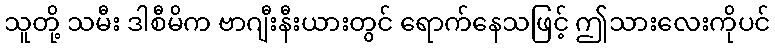
သူတို့ သမီး ဒါစီမိက ဗာဂျီးနီးယားတွင် ရောက်နေသဖြင့် ဤသားလေးကိုပင်